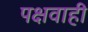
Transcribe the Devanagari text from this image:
पक्षवाही